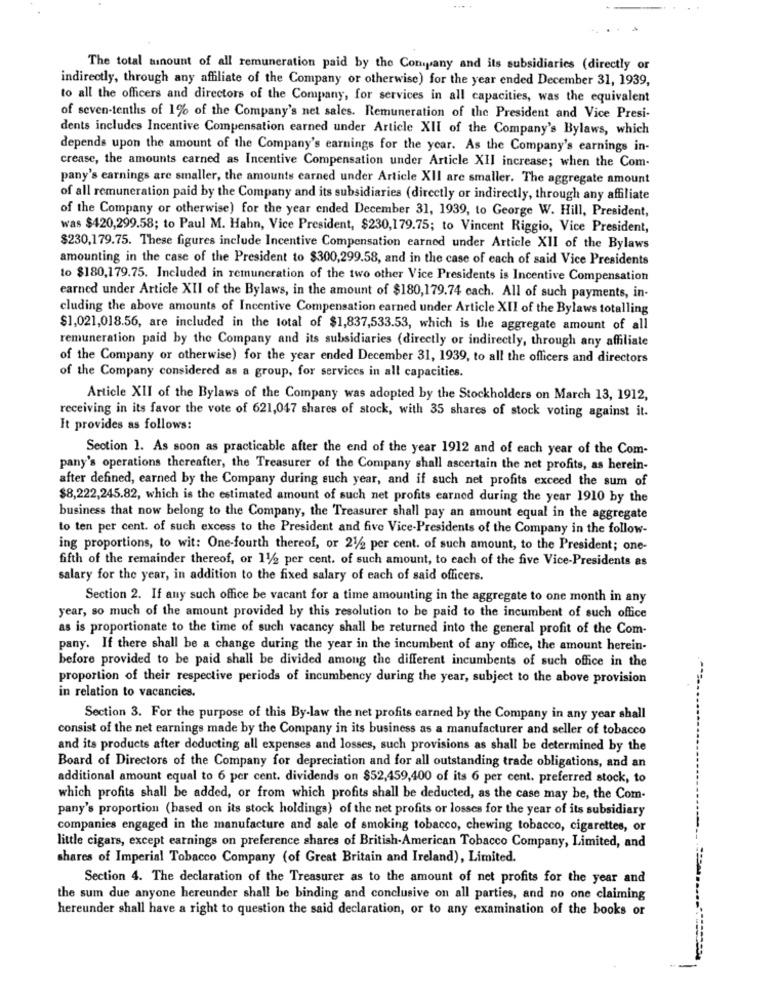
The total amount of all remuneration paid by the Company and its subsidiaries (directly or
indirectly, through any affiliate of the Company or otherwise) for the year ended December 31, 1939,
to all the officers and directors of the Company, for services in all capacities, was the equivalent
of seven-tenths of 1% of the Company's net sales. Remuneration of the President and Vice Presi-
dents includes Incentive Compensation earned under Article XII of the Company's Bylaws, which
depends upon the amount of the Company's earnings for the year. As the Company's earnings in-
crease, the amounts carned as Incentive Compensation under Article XII increase; when the Com.
pany's earnings are smaller, the amounts earned under Article XII are smaller. The aggregate amount
of all remuneration paid by the Company and its subsidiaries (directly or indirectly, through any affiliate
of the Company or otherwise) for the year ended December 31, 1939, to George W. Hill, President,
was $420,299.58; to Paul M. Hahn, Vice President, $230,179.75; to Vincent Riggio, Vice President,
$230,179.75. These figures include Incentive Compensation earned under Article XII of the Bylaws
amounting in the case of the President to $300,299.58, and in the case of each of said Vice Presidents
to $180,179.75. Included in remuneration of the two other Vice Presidents is Incentive Compensation
earned under Article XII of the Bylaws, in the amount of $180,179.74 cach. All of such payments, in-
cluding the above amounts of Incentive Compensation earned under Article XII of the Bylaws totalling
$1,021,018.56, are included in the total of $1,837,533.53, which is the aggregate amount of all
remuneration paid by the Company and its subsidiaries (directly or indirectly, through any affiliate
of the Company or otherwise) for the year ended December 31, 1939, to all the officers and directors
of the Company considered as a group, for services in all capacities.
Article XII of the Bylaws of the Company was adopted by the Stockholders on March 13, 1912,
receiving in its favor the vote of 621,047 shares of stock, with 35 shares of stock voting against it.
It provides as follows:
Section 1. As soon as practicable after the end of the year 1912 and of each year of the Com-
pany's operations thereafter, the Treasurer of the Company shall ascertain the net profits, as herein-
after defined, earned by the Company during such year, and if such net profits exceed the sum of
$8,222,245.82, which is the estimated amount of such net profits earned during the year 1910 by the
business that now belong to the Company, the Treasurer shall pay an amount equal in the aggregate
to ten per cent. of such excess to the President and five Vice-Presidents of the Company in the follow-
ing proportions, to wit: One-fourth thereof, or 21/2 per cent. of such amount, to the President; one-
fifth of the remainder thereof, or 11/2 per cent. of such amount, to each of the five Vice-Presidents as
salary for the year, in addition to the fixed salary of each of said officers.
Section 2. If any such office be vacant for a time amounting in the aggregate to one month in any
year, so much of the amount provided by this resolution to be paid to the incumbent of such office
as is proportionate to the time of such vacancy shall be returned into the general profit of the Com-
pany. If there shall be a change during the year in the incumbent of any office, the amount herein-
before provided to be paid shall be divided among the different incumbents of such office in the
proportion of their respective periods of incumbency during the year, subject to the above provision
in relation to vacancies.
Section 3. For the purpose of this By-law the net profits carned by the Company in any year shall
consist of the net earnings made by the Company in its business as a manufacturer and seller of tobacco
and its products after deducting all expenses and losses, such provisions as shall be determined by the
Board of Directors of the Company for depreciation and for all outstanding trade obligations, and an
additional amount equal to 6 per cent. dividends on $52,459,400 of its 6 per cent. preferred stock, to
which profits shall be added, or from which profits shall be deducted, as the case may be, the Com-
pany's proportion (based on its stock holdings) of the net profits or losses for the year of its subsidiary
companies engaged in the manufacture and sale of smoking tobacco, chewing tobacco, cigarettes, or
little cigars, except earnings on preference shares of British-American Tobacco Company, Limited, and
shares of Imperial Tobacco Company (of Great Britain and Ireland), Limited.
Section 4. The declaration of the Treasurer as to the amount of net profits for the year and
the sum due anyone hereunder shall be binding and conclusive on all parties, and no one claiming
hereunder shall have a right to question the said declaration, or to any examination of the books or